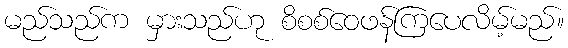
မည်သည်က မှားသည်ဟု စိစစ်ဝေဖန်ကြပေလိမ့်မည်။